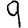
Digit: 9